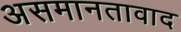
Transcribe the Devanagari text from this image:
असमानतावाद